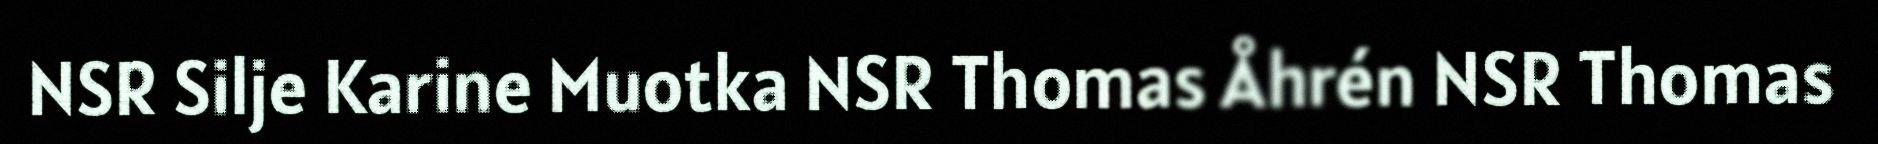
NSR Silje Karine Muotka NSR Thomas Åhrén NSR Thomas